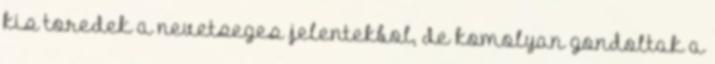
kis toredek a nevetseges jelentekbol, de komolyan gondoltak a